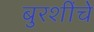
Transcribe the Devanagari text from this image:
बुरशींचे